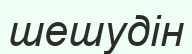
шешудін